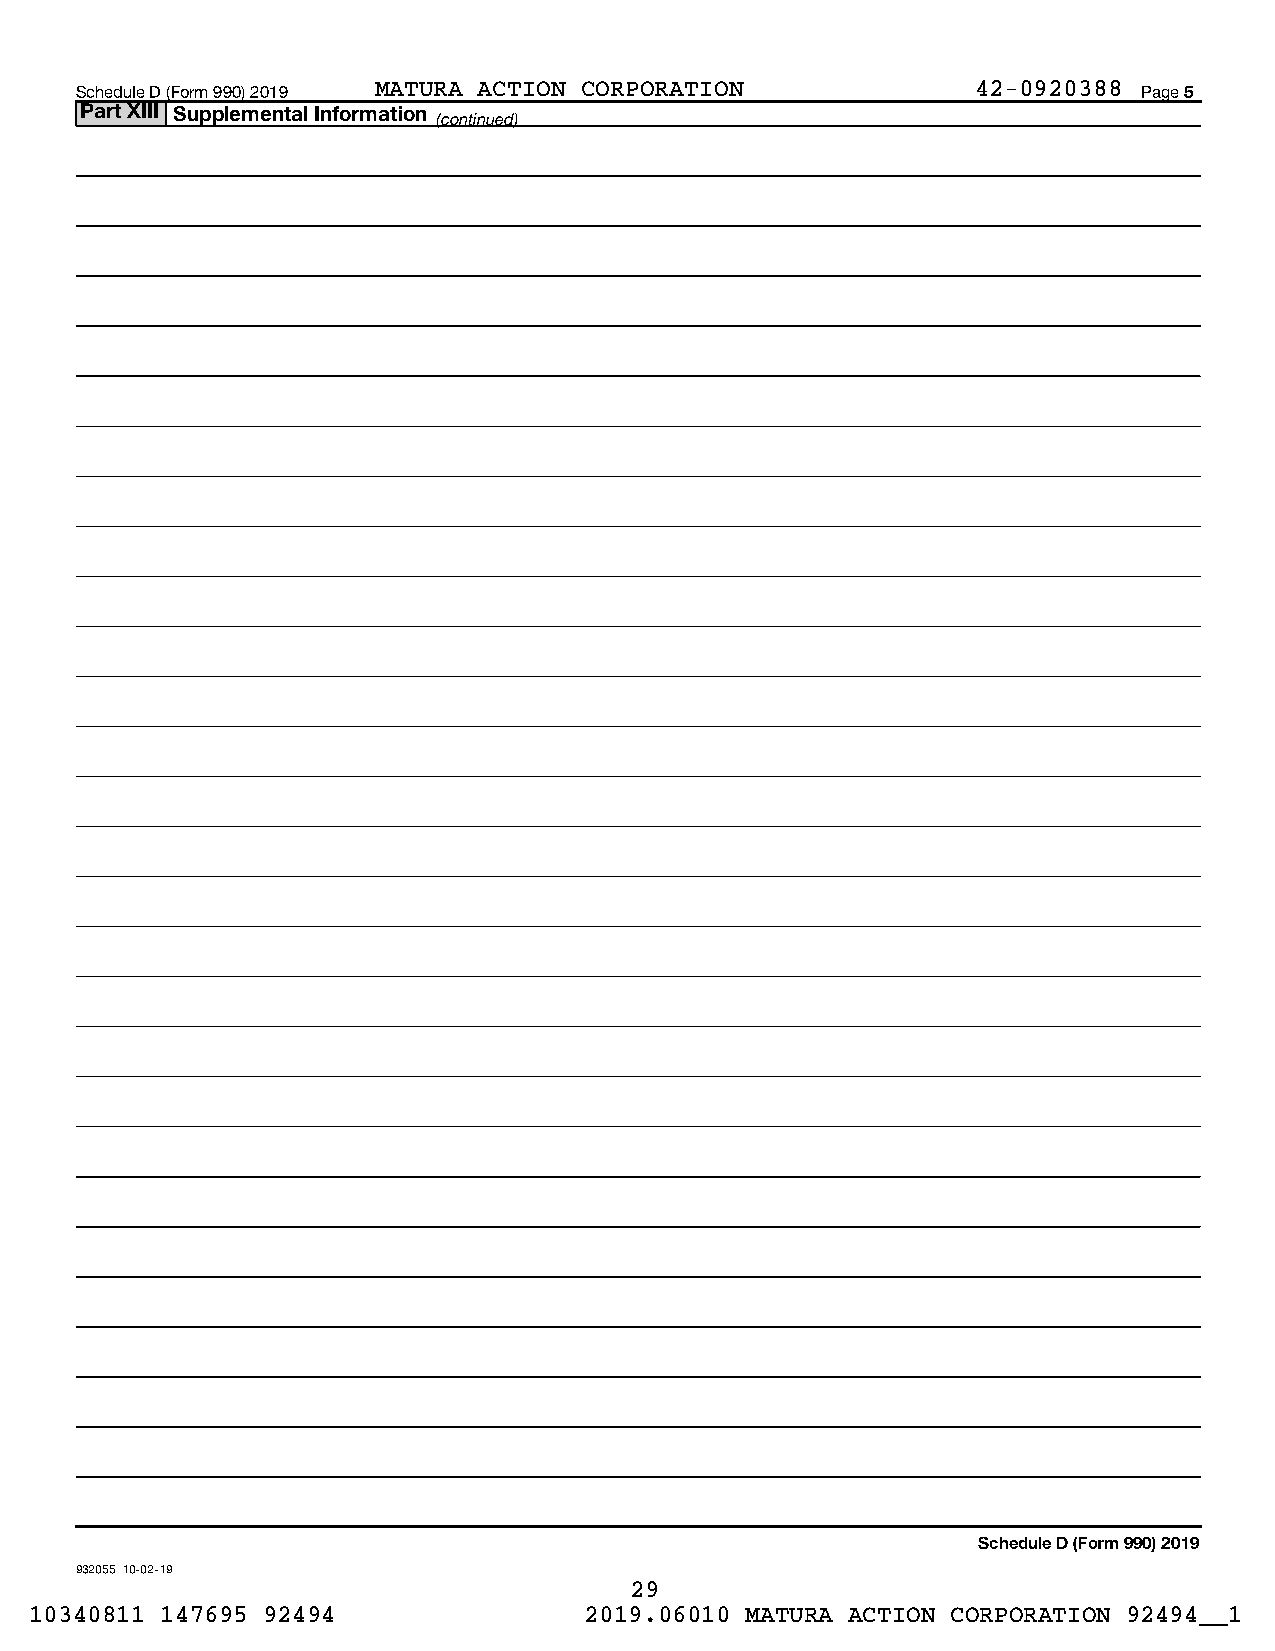
Schedule D (Form 990) 2019 MATURA ACTION CORPORATION        42-0920388 Page 5
 Part XIII Supplemental Information
 (continued)
 Schedule D (Form 990) 2019
 932055 10-02-19
 29
 10340811 147695 92494                2019.06010 MATURA ACTION CORPORATION 92494__1